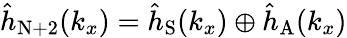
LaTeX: {\hat{h}}_{\mathrm{N+2}}({k_{x}})={\hat{h}}_{\mathrm{S}}({k_{x}})\oplus{\hat{h}}_{\mathrm{A}}({k_{x}})